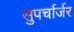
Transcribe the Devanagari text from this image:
सुपर्चार्जर